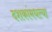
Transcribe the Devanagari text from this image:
दशकांमधल्या